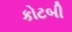
કોટબી